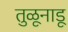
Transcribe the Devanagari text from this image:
तुळूनाडू